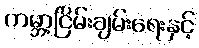
ကမ္ဘာ့ငြိမ်းချမ်းရေးနှင့်